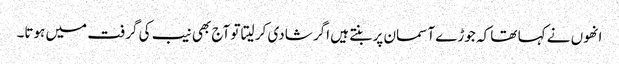
انھوں نے کہا تھا کہ جوڑے آسمان پر بنتے ہیں اگر شادی کر لیتا تو آج بھی نیب کی گرفت میں ہوتا۔